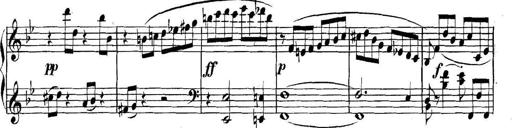
Title: Collected Piano Sonatas
Composer: Muzio Clementi